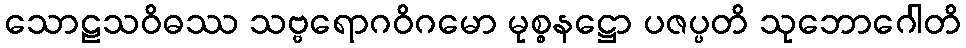
သောဠသဝိဓဿ သဗ္ဗရောဂဝိဂမော မုစ္စနဋ္ဌော ပဇပ္ပတိ သုဘောဂေါတိ